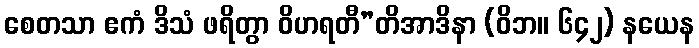
စေတသာ ဧကံ ဒိသံ ဖရိတွာ ဝိဟရတီ”တိအာဒိနာ (ဝိဘ။ ၆၄၂) နယေန